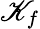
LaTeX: \mathscr{K}_{f}